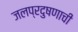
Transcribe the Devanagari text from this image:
जलप्रदुषणाची